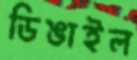
ডিঙাইল